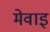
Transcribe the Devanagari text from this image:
मेवाइ